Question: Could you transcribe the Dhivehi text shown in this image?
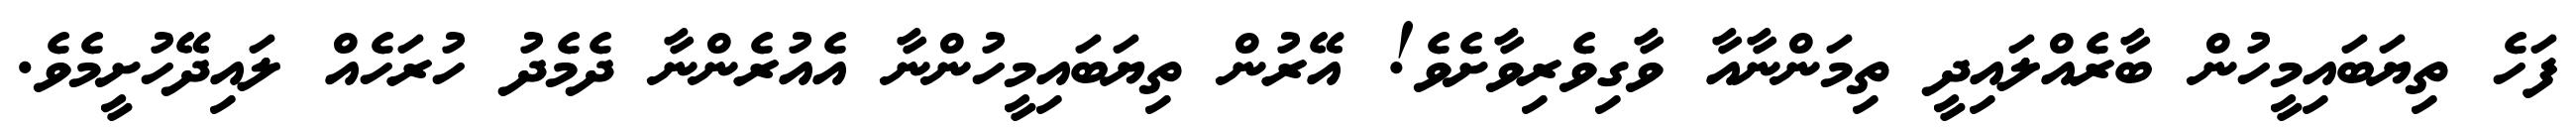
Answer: ފަހެ ތިޔަބައިމީހުން ބާރެއްލައިދީ ތިމަންނާއާ ވާގިވެރިވާށެވެ! އޭރުން ތިޔަބައިމީހުންނާ އެއުރެންނާ ދެމެދު ހުރަހެއް ލައިދޭހުށީމެވެ.